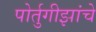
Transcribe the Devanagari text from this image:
पोर्तुगीझांचे